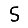
Digit: 5